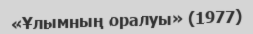
«Ұлымның оралуы» (1977)